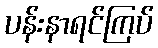
ပန်းနာရင်ကြပ်